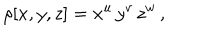
\rho [ x , y , z ] = x ^ { u } \, y ^ { v } \, z ^ { w } \, ,